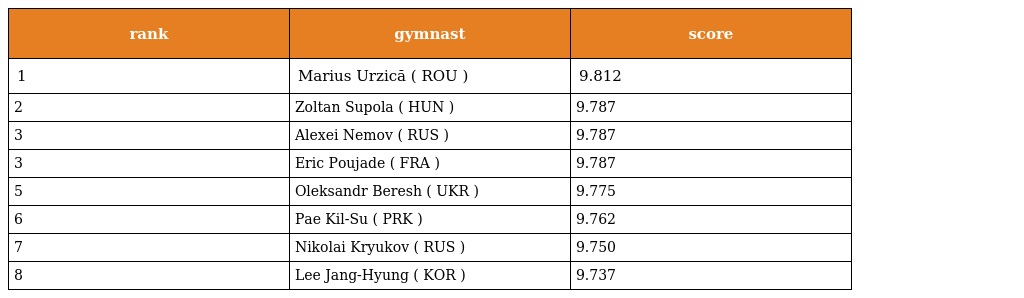
| rank | gymnast | score |
 | --- | --- | --- |
 | 1 | Marius Urzică ( ROU ) | 9.812 |
 | 2 | Zoltan Supola ( HUN ) | 9.787 |
 | 3 | Alexei Nemov ( RUS ) | 9.787 |
 | 3 | Eric Poujade ( FRA ) | 9.787 |
 | 5 | Oleksandr Beresh ( UKR ) | 9.775 |
 | 6 | Pae Kil-Su ( PRK ) | 9.762 |
 | 7 | Nikolai Kryukov ( RUS ) | 9.750 |
 | 8 | Lee Jang-Hyung ( KOR ) | 9.737 |